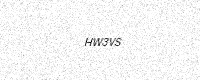
Text: HW3VS